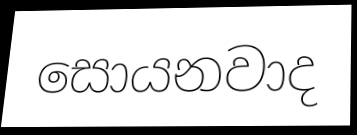
සොයනවාද